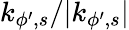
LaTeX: k_{\phi^{\prime},s}/|k_{\phi^{\prime},s}|